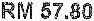
RM 57.80